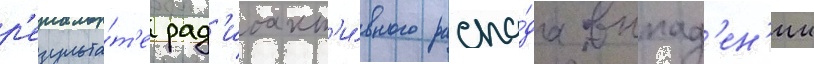
р'езульта́т'е рад'иоакт'и́вного распа́да выпад'ен'ии